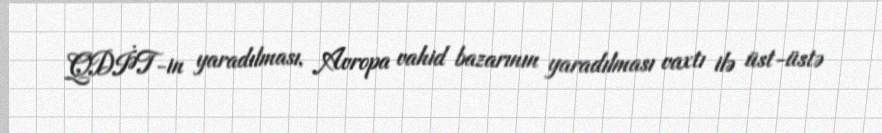
QDİƏT-in yaradılması, Avropa vahid bazarının yaradılması vaxtı ilə üst-üstə